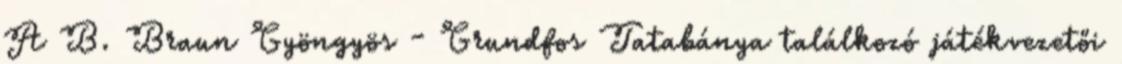
A B. Braun Gyöngyös - Grundfos Tatabánya találkozó játékvezetői